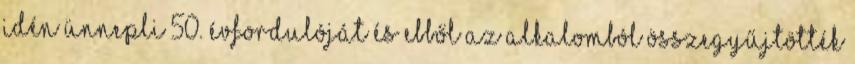
idén ünnepli 50. évfordulóját és ebből az alkalomból összegyűjtötték